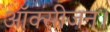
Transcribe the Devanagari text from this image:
ऑक्सीजन।